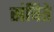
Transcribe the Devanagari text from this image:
संचिते